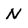
Character: N